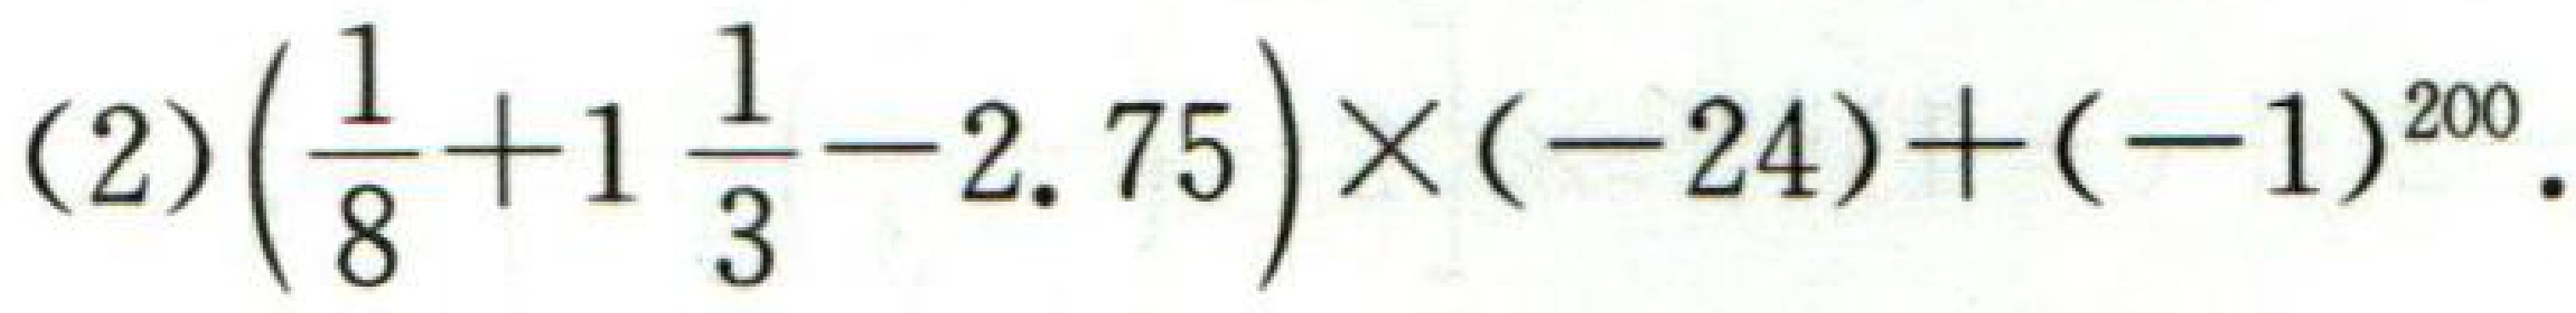
(2)\(\left(\frac{1}{8}+1\frac{1}{3}-2.75\right)\times(-24)+(-1)^{200}\).